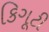
કિગૂટી